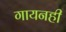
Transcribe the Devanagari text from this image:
गायनही